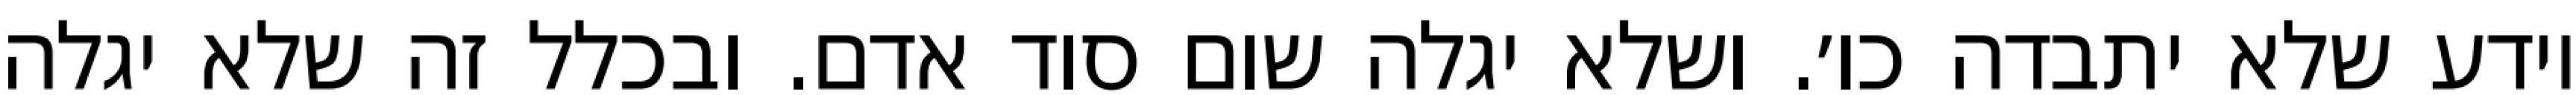
יודע שלא יתבדה כו׳. ושלא יגלה שום סוד אדם. ובכלל זה שלא יגלה